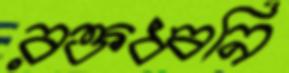
রক্তধ্বনি